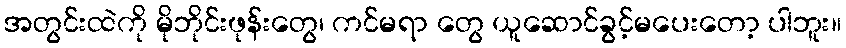
အတွင်းထဲကို မိုဘိုင်းဖုန်းတွေ၊ ကင်မရာ တွေ ယူဆောင်ခွင့်မပေးတော့ ပါဘူး။